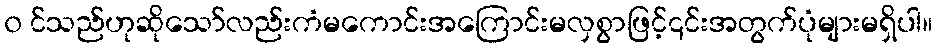
၀ င်သည်ဟုဆိုသော်လည်းကံမကောင်းအကြောင်းမလှစွာဖြင့်၎င်းအတွက်ပုံများမရှိပါ။